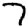
Digit: 7